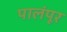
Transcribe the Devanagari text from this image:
पालंपूर